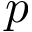
p